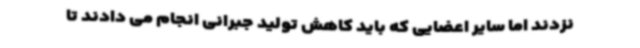
نزدند اما سایر اعضایی که باید کاهش تولید جبرانی انجام می دادند تا